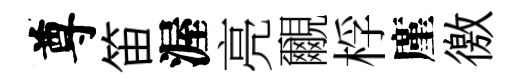
尊笛渥亮覼桴廑徼